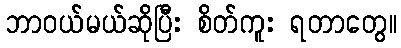
ဘာဝယ်မယ်ဆိုပြီး စိတ်ကူး ရတာတွေ။